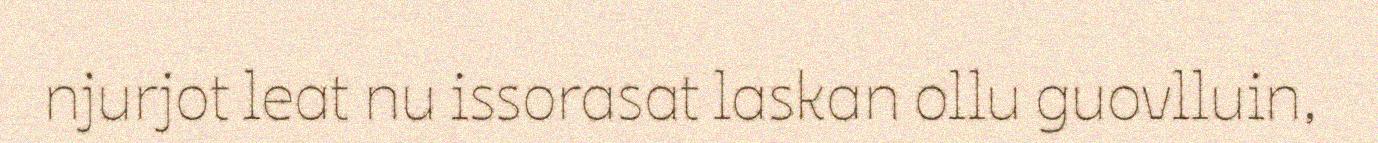
njurjot leat nu issorasat laskan ollu guovlluin,